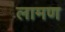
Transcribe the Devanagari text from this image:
लामण